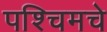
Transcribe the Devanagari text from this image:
पश्‍चिमचे